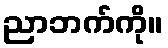
ညာဘက်ကို။